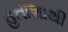
હતાશાથી